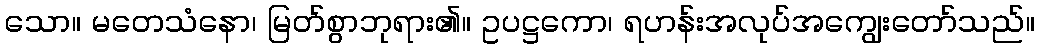
သော။ မတေသံနော၊ မြတ်စွာဘုရား၏။ ဥပဋ္ဌကော၊ ရဟန်းအလုပ်အကျွေးတော်သည်။